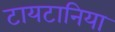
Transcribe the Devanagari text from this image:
टायटानिया